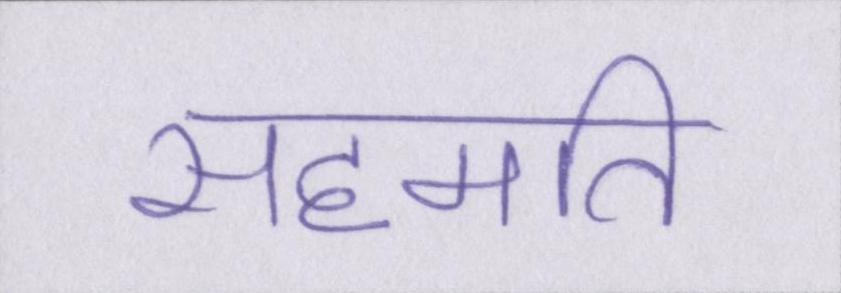
सहमति